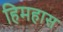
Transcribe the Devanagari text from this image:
हिमहास